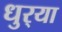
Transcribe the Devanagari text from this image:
धुर्‍या